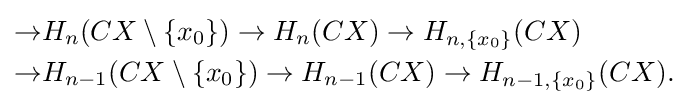
{\begin{aligned}\to &H_{n}(CX\setminus \{x_{0}\})\to H_{n}(CX)\to H_{n,\{x_{0}\}}(CX)\\\to &H_{n-1}(CX\setminus \{x_{0}\})\to H_{n-1}(CX)\to H_{n-1,\{x_{0}\}}(CX).\end{aligned}}